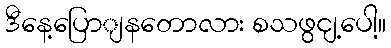
ဒီနေ့ပြောျနတောလား စသဖွငျ့ပေါ့။